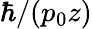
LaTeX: \hbar/(p_{0}z)